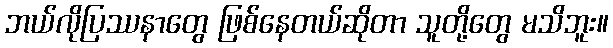
ဘယ်လိုပြဿနာတွေ ဖြစ်နေတယ်ဆိုတာ သူတို့တွေ မသိဘူး။